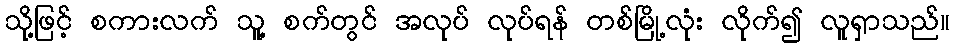
သို့ဖြင့် စကားလက် သူ့ စက်တွင် အလုပ် လုပ်ရန် တစ်မြို့လုံး လိုက်၍ လူရှာသည်။